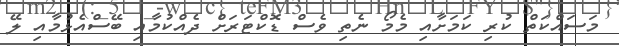
މަސައްކަތް ކުރި ކަމަށާއި މެމޯ ނެތި ވެސް ޑޮކްޓަރަށް ދެއްކުމާއި ބޭސްއެޅުމާއި ލޭ